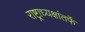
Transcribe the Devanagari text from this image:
राष्ट्राध्यक्षांतर्फे